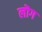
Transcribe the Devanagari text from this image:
लॊग